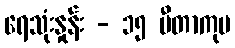
ရေသုံးနှုန်း - ၁၅ မီတာကုဗ